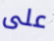
على